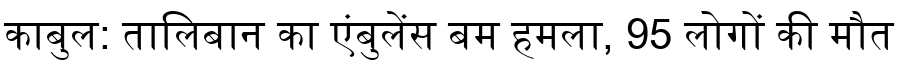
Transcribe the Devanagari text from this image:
काबुल: तालिबान का एंबुलेंस बम हमला, 95 लोगों की मौत